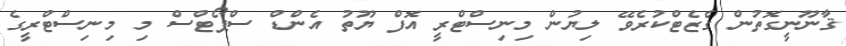
ޤާނޫނީގޮތުން ގެޒެޓްކުރެވޭ ލިޔުން މިނިސްޓްރީ އޮފް ޔޫތު އެންޑް ސްޕޯޓްސް މި މިނިސްޓްރީގެ